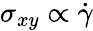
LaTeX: \sigma_{xy}\propto\dot{\gamma}